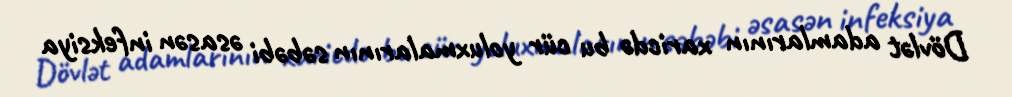
Dövlət adamlarının xaricdə bu cür yoluxmalarının səbəbi əsasən infeksiya